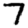
Digit: 7